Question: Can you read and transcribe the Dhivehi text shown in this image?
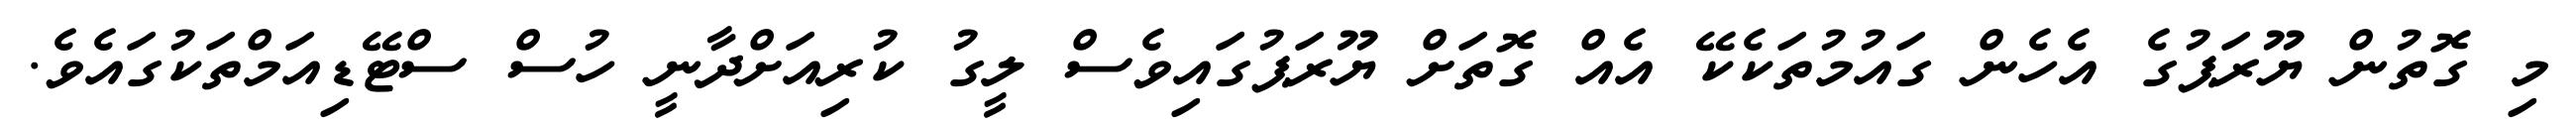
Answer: މި ގޮތުން ޔޫރަޕުގެ އެހެން ގައުމުތަކެކޭ އެއް ގޮތަށް ޔޫރަޕުގައިވެސް ލީގު ކުރިއަށްދާނީ ހުސް ސްޓޭޑިއަމްތަކުގައެވެ.